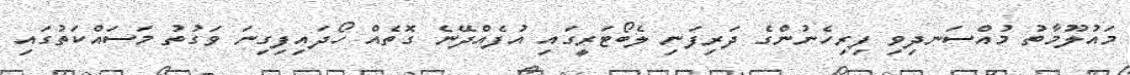
މައުލޫމާތު މުއްސަނދިވި ފިރިހެނުންގެ ދަރިފަނި ލެބޯޓަރީގައި އުފެއްދޭނެ ގޮތެއް ހޯދައިފިގިނަ ވަގުތު މަސައްކަތުގައި